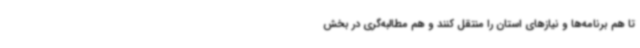
تا هم برنامه‌ها و نیازهای استان را منتقل کنند و هم مطالبه‌گری در بخش